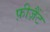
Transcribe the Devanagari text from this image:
फ़ीज़ैंट